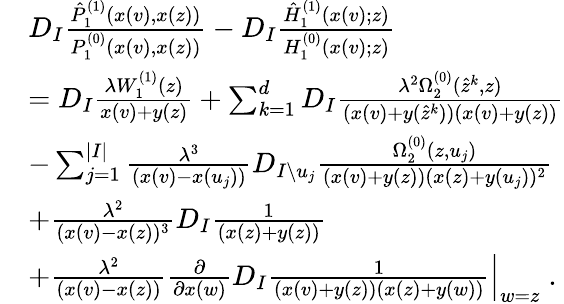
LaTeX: \begin{array}{rl}&{D_{I}\frac{\hat{P}_{1}^{(1)}(x(v),x(z))}{P_{1}^{(0)}(x(v),x(z))}-D_{I}\frac{\hat{H}_{1}^{(1)}(x(v);z)}{H_{1}^{(0)}(x(v);z)}}\\ &{=D_{I}\frac{\lambda W_{1}^{(1)}(z)}{x(v)+y(z)}+\sum_{k=1}^{d}D_{I}\frac{\lambda^{2}\Omega_{2}^{(0)}(\hat{z}^{k},z)}{(x(v)+y(\hat{z}^{k}))(x(v)+y(z))}}\\ &{-\sum_{j=1}^{|I|}\frac{\lambda^{3}}{(x(v)-x(u_{j}))}D_{I\setminus u_{j}}\frac{\Omega_{2}^{(0)}(z,u_{j})}{(x(v)+y(z))(x(z)+y(u_{j}))^{2}}}\\ &{+\frac{\lambda^{2}}{(x(v)-x(z))^{3}}D_{I}\frac{1}{(x(z)+y(z))}}\\ &{+\frac{\lambda^{2}}{(x(v)-x(z))}\frac{\partial}{\partial x(w)}D_{I}\frac{1}{(x(v)+y(z))(x(z)+y(w))}\Big|_{w=z}\; .}\end{array}